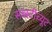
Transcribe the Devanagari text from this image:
सब्स्टीच्यूट